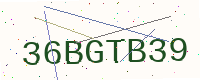
Text: 36BGTB39